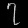
Digit: ၇